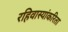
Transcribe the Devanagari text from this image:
रहिवास्यांकरिता